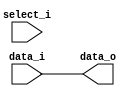
module MUX8(
    data_i,
    select_i,
    data_o
);

output reg	[7:0]	data_o;
input	[7:0]	data_i;
input	select_i;

always	@(data_i or select_i)
	//if	(select_i == 1'b1)
	//	data_o <= 8'b0;
	//else
		data_o <= data_i;
endmodule